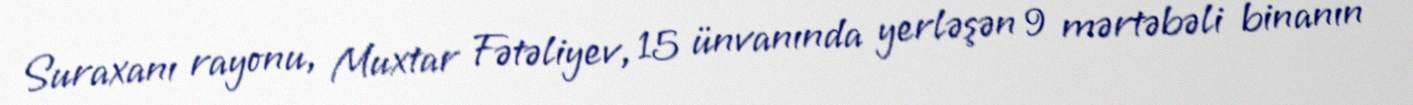
Suraxanı rayonu, Muxtar Fətəliyev, 15 ünvanında yerləşən 9 mərtəbəli binanın